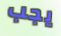
يجب